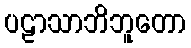
ပဠာသာဘိဘူတော